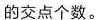
的交点个数。